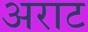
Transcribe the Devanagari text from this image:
अराट